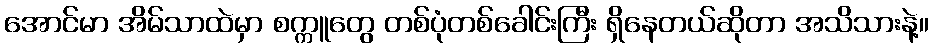
အောင်မာ အိမ်သာထဲမှာ စက္ကူတွေ တစ်ပုံတစ်ခေါင်းကြီး ရှိနေတယ်ဆိုတာ အသိသားနဲ့။